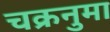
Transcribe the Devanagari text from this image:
चक्रनुमा